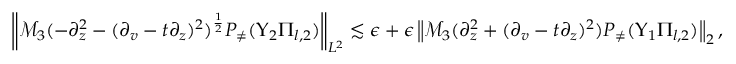
\begin{array} { r } { \left\| \mathcal { M } _ { 3 } ( - \partial _ { z } ^ { 2 } - ( \partial _ { v } - t \partial _ { z } ) ^ { 2 } ) ^ { \frac 1 2 } P _ { \neq } ( \Upsilon _ { 2 } \Pi _ { l , 2 } ) \right\| _ { L ^ { 2 } } \lesssim \epsilon + \epsilon \left\| \mathcal { M } _ { 3 } ( \partial _ { z } ^ { 2 } + ( \partial _ { v } - t \partial _ { z } ) ^ { 2 } ) P _ { \neq } ( \Upsilon _ { 1 } \Pi _ { l , 2 } ) \right\| _ { 2 } , } \end{array}